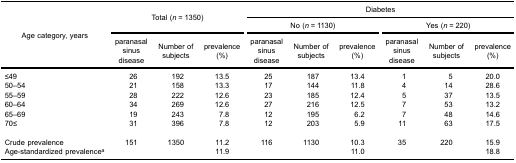
<table><thead><tr><td rowspan="5"><b>Age category, years</b></td><td rowspan="3" colspan="3"><b>Total (<i>n</i> = 1350)</b></td><td colspan="6"><b>Diabetes</b></td></tr><tr><td colspan="3"><b>No (<i>n</i> = 1130)</b></td><td colspan="3"><b>Yes (<i>n</i> = 220)</b></td></tr><tr><td><b>paranasalsinusdisease</b></td><td><b>Number ofsubjects</b></td><td><b>prevalence(%)</b></td><td><b>paranasalsinusdisease</b></td><td><b>Number ofsubjects</b></td><td><b>prevalence(%)</b></td><td><b>paranasalsinusdisease</b></td><td><b>Number ofsubjects</b></td><td><b>prevalence(%)</b></td></tr></thead><tbody><tr><td>≤49</td><td>26</td><td>192</td><td>13.5</td><td>25</td><td>187</td><td>13.4</td><td>1</td><td>5</td><td>20.0</td></tr><tr><td>50–54</td><td>21</td><td>158</td><td>13.3</td><td>17</td><td>144</td><td>11.8</td><td>4</td><td>14</td><td>28.6</td></tr><tr><td>55–59</td><td>28</td><td>222</td><td>12.6</td><td>23</td><td>185</td><td>12.4</td><td>5</td><td>37</td><td>13.5</td></tr><tr><td>60–64</td><td>34</td><td>269</td><td>12.6</td><td>27</td><td>216</td><td>12.5</td><td>7</td><td>53</td><td>13.2</td></tr><tr><td>65–69</td><td>19</td><td>243</td><td>7.8</td><td>12</td><td>195</td><td>6.2</td><td>7</td><td>48</td><td>14.6</td></tr><tr><td>70≤</td><td>31</td><td>396</td><td>7.8</td><td>12</td><td>203</td><td>5.9</td><td>11</td><td>63</td><td>17.5</td></tr><tr><td>Crude prevalence</td><td>151</td><td>1350</td><td>11.2</td><td>116</td><td>1130</td><td>10.3</td><td>35</td><td>220</td><td>15.9</td></tr><tr><td>Age-standardized prevalence<sup>a</sup></td><td> </td><td> </td><td>11.9</td><td> </td><td> </td><td>11.0</td><td> </td><td> </td><td>18.8</td></tr></tbody></table>